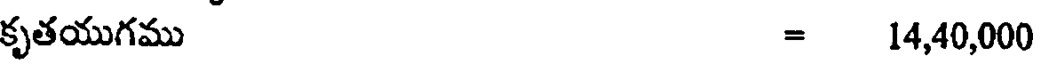
కృతయుగము = 14,40,000